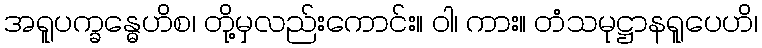
အရူပက္ခန္ဓေဟိစ၊ တို့မှလည်းကောင်း။ ဝါ၊ ကား။ တံသမုဋ္ဌာနရူပေဟိ၊